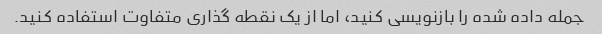
جمله داده شده را بازنویسی کنید، اما از یک نقطه گذاری متفاوت استفاده کنید.